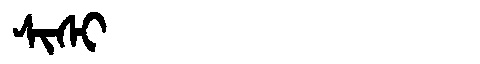
Manchu: ᠰᡳᠰᡳ
Romanization: SISI